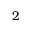
2